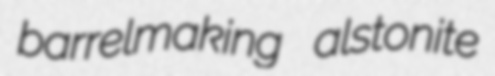
barrelmaking alstonite